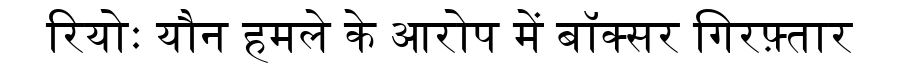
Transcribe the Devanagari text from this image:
रियोः यौन हमले के आरोप में बॉक्सर गिरफ़्तार